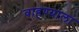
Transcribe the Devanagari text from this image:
वाहण्याला